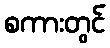
စကားတွင်